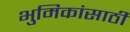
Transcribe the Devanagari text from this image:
भुमिकांसाठी